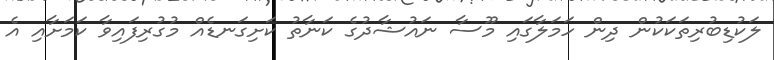
ލަކުޑިބުރިތަކަކުން ދިން ހަމަލާގައި މޫސާ ނައުޝާދުގެ ކަނާތު ކަށިގަނޑެއް މުގުރިފައިވާ ކަމަށާއި އެ